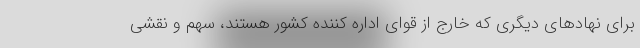
برای نهادهای دیگری که خارج از قوای اداره کننده کشور هستند، سهم و نقشی